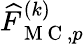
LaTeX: \widehat{F}_{\mathrm{~M~C~},p}^{(k)}